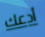
أدعك